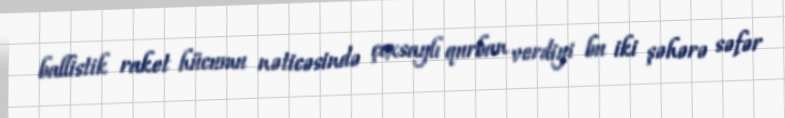
ballistik raket hücumu nəticəsində çoxsaylı qurban verdiyi bu iki şəhərə səfər